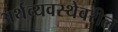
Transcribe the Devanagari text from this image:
अर्थव्यवस्थेवरील